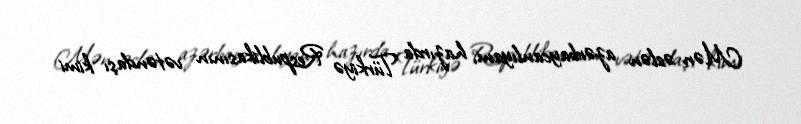
Mən əslən azərbaycanlıyam, hazırda Türkiyə Respublikasının vətəndaşı kimi